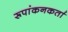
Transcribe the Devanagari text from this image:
रूपांकनकर्ता